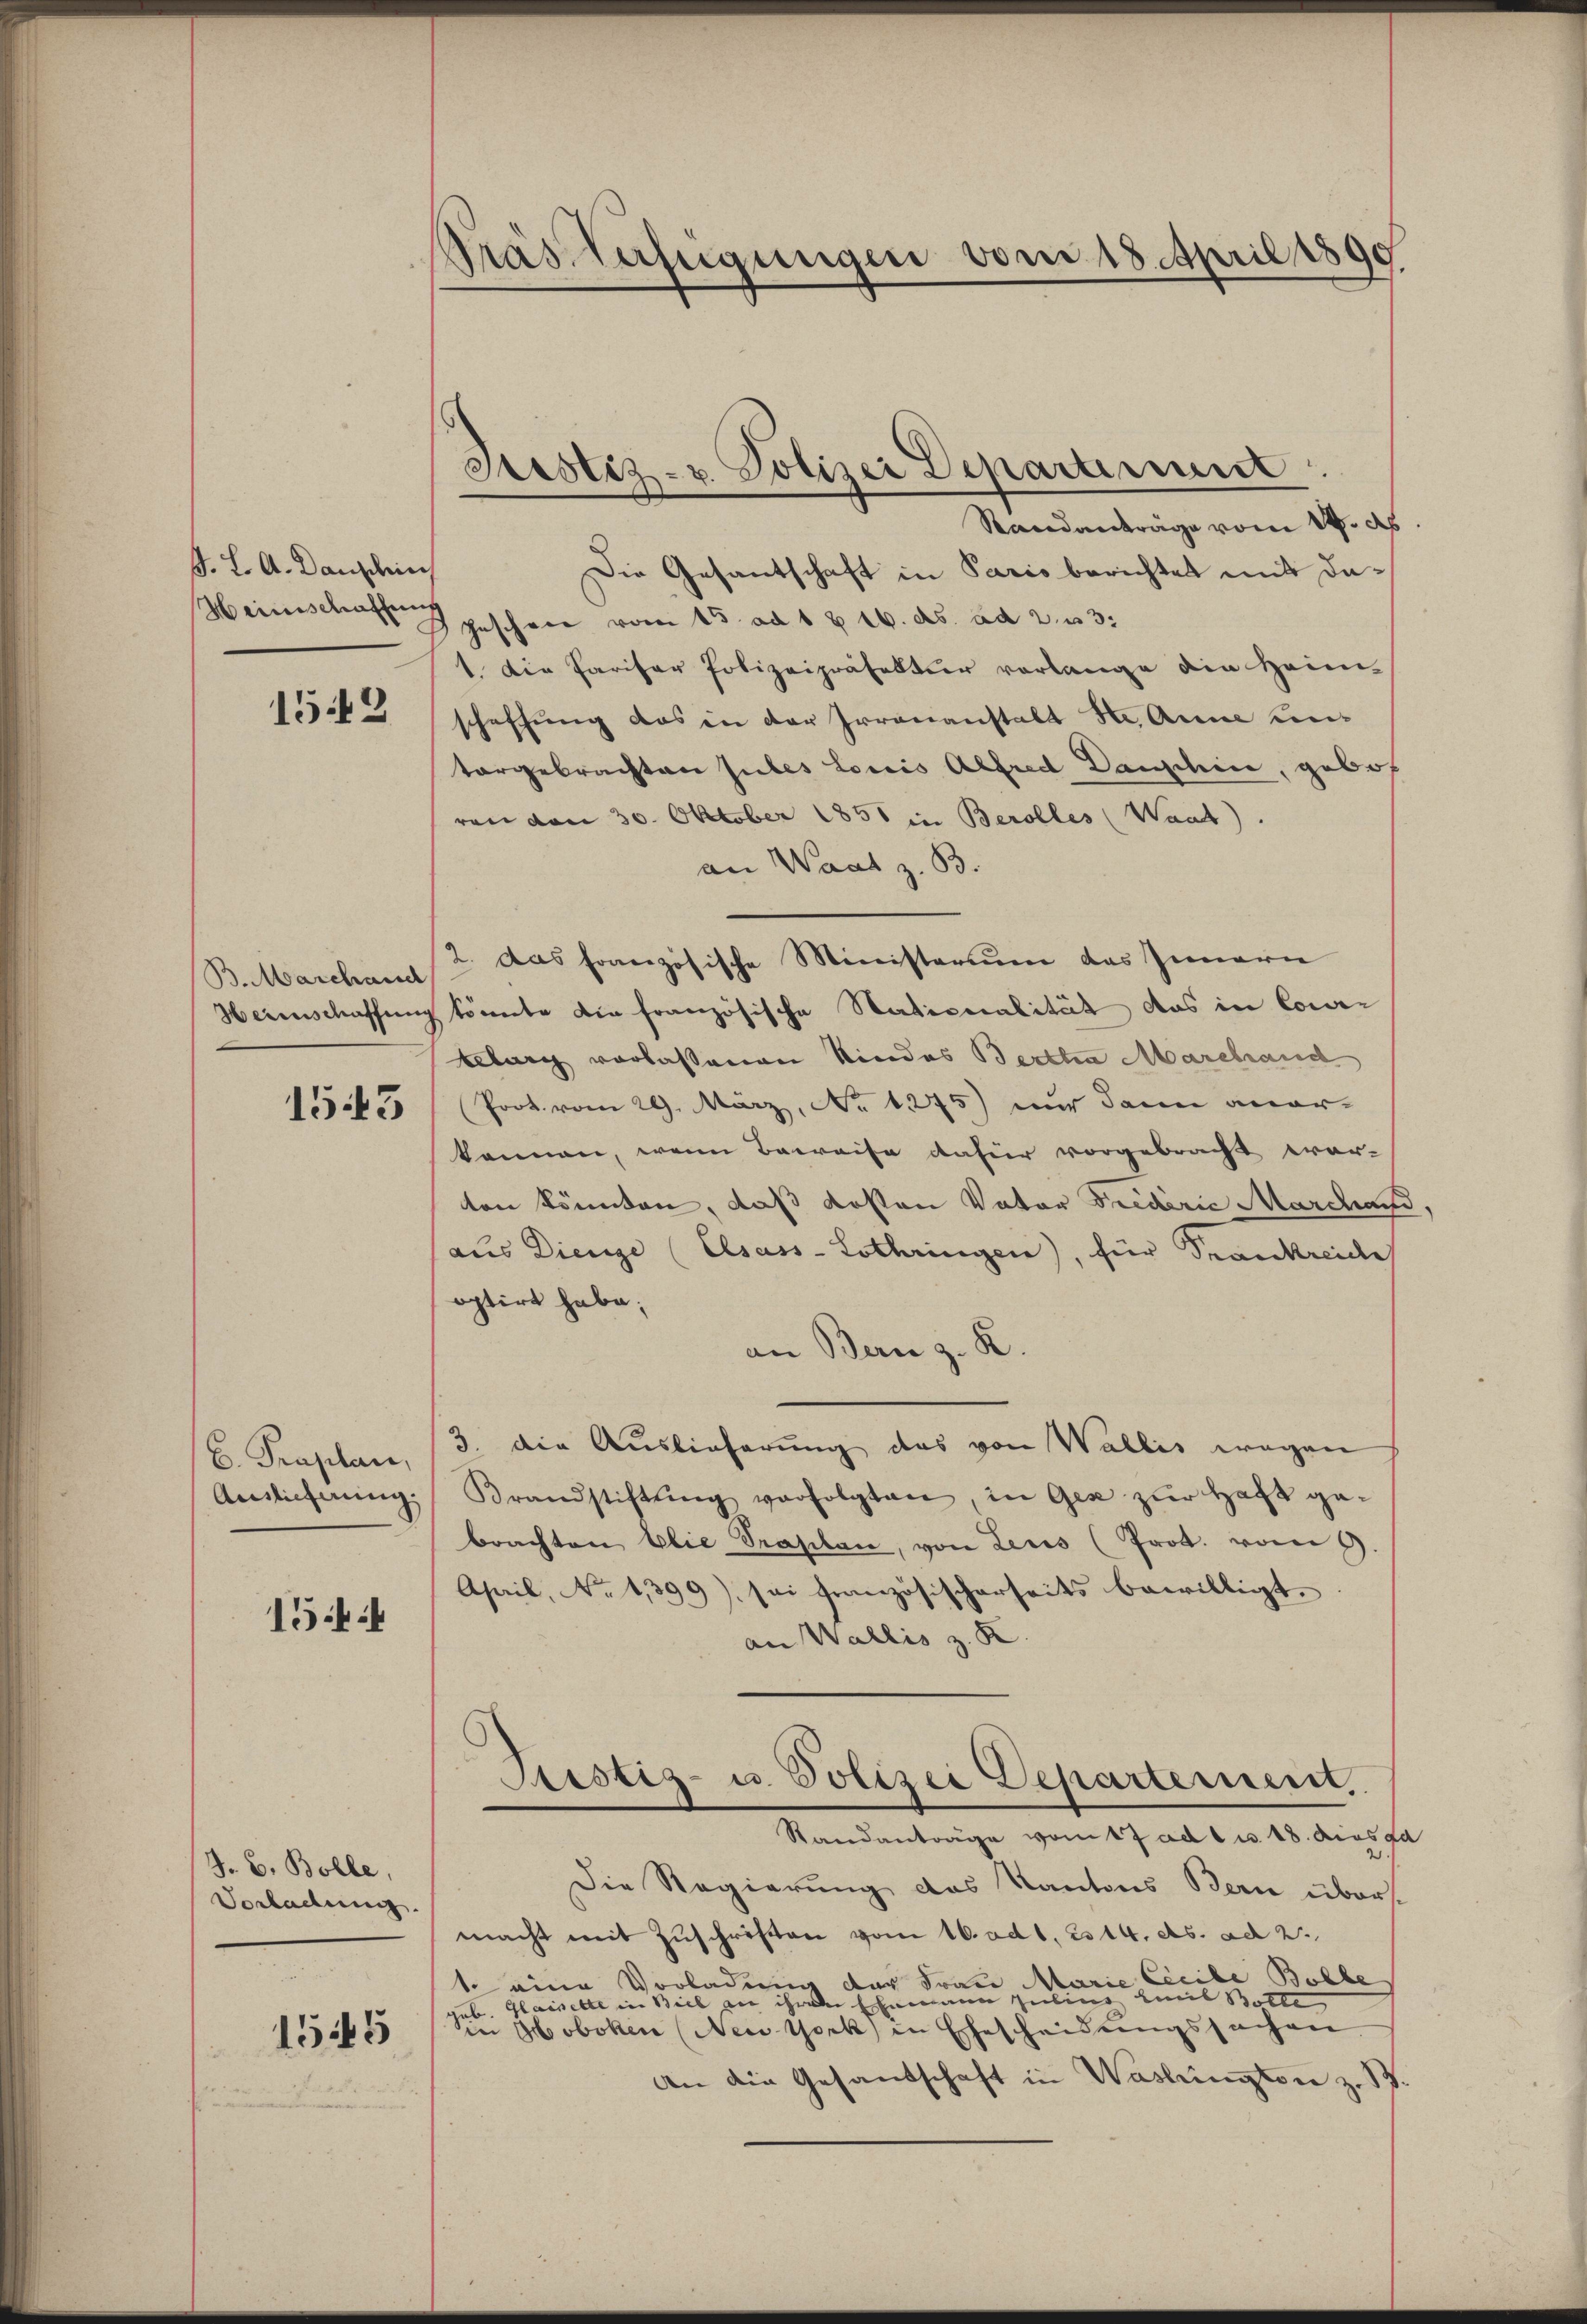
J. L. A. Danzdi
Hainischaffung

1542

B. Marchand
Herischaffung

1543

b. Traplan,
Auslieferung,

1544

J. G. Bolle,
Vorladung.

1545

Gras Verfügungen vom 18. April 1890

Justiz- u. Polizei Departiment

Randanträge vom 14. Ap
Die Gesantschaft in Paris berichtet mit da¬
Inschere vom 15. ad 1 & 16. ds. ad 2 u 3:
1. Die Pariser Polizeipräfektur vorlange die Heim-
schaffung das in der Irrenanstalt die Anne untorgebrachten Gutes Louis Alfred Danschine, gebot
ren von 30. Oktober 1851 in Berolles (Want.
an Waat z. B.
2. Das französische Ministerium das Innern
könnte die französische Nationalität das in Corre
Leburg verlassenen Kindes Bertha Marchaud
Prot. vom 29. März, No 1275) nur dann aner-
können, wenn Beweise dahier vorgebracht wer-
ten könnten, daß Kosten Vater Friederie Marcand
aus Dienge (Elsass-Lothringen), für Trankreide
optirt habe;
an Bern z. R.
3. die Auslieferung das von Wallis wegen
Krandstiftŭng verfolgten, in Gez zŭr Haft ge-
brachten Elie Traplan, von Leus (Prot. vom 9.
April, No 1399), sei französischerseits bewilligt.
an Wallis z. K.
Justiz- u. Polizei Departement,
Standantrage vom 17 ad 1 u. 18. dies
Die Regierung das Kantons Bern überst
macht mit Zŭschriften vom 16. ad 1. 214. ds. ad 2.
1 eine Vorladung der Frau Marie Creibe Bolle
der Ehemann Julius Emil Bolte
tub. Glasselte in Biel an
in Hoboken (Nei York, in Ehescheidungssachen.
An die Gesandschaft in Washington z. B.